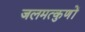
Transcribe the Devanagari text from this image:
जलमत्कुणों